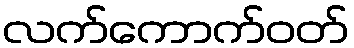
လက်ကောက်ဝတ်